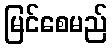
မြင်စေမည်